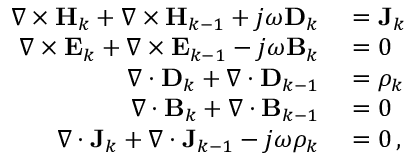
\begin{array} { r l } { \nabla \times \mathbf { H } _ { k } + \nabla \times \mathbf { H } _ { k - 1 } + j \omega \mathbf { D } _ { k } } & { { } = \mathbf { J } _ { k } } \\ { \nabla \times \mathbf { E } _ { k } + \nabla \times \mathbf { E } _ { k - 1 } - j \omega \mathbf { B } _ { k } } & { { } = 0 } \\ { \nabla \cdot \mathbf { D } _ { k } + \nabla \cdot \mathbf { D } _ { k - 1 } } & { { } = \rho _ { k } } \\ { \nabla \cdot \mathbf { B } _ { k } + \nabla \cdot \mathbf { B } _ { k - 1 } } & { { } = 0 } \\ { \nabla \cdot \mathbf { J } _ { k } + \nabla \cdot \mathbf { J } _ { k - 1 } - j \omega \rho _ { k } } & { { } = 0 \, , } \end{array}